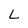
Character: L